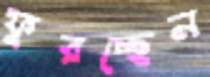
ফুরচ্ছেন